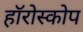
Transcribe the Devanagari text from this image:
हॉरोस्कोप